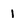
Character: I